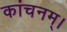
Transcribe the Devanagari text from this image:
कांचनम्।